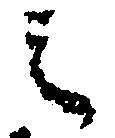
之